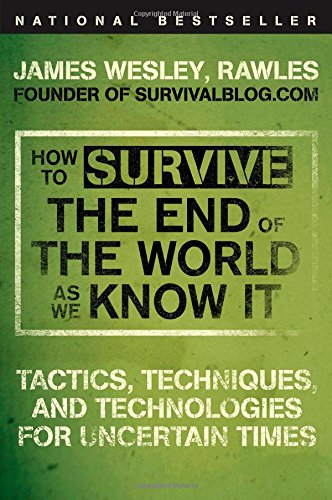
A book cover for How to Survive the End of the World as We Know It: Tactics, Techniques, and Technologies for Uncertain Times; James Wesley Rawles; Health, Fitness & Dieting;